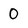
Character: 0